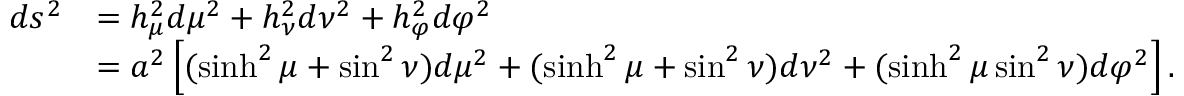
{ \begin{array} { r l } { d s ^ { 2 } } & { = h _ { \mu } ^ { 2 } d \mu ^ { 2 } + h _ { \nu } ^ { 2 } d \nu ^ { 2 } + h _ { \varphi } ^ { 2 } d \varphi ^ { 2 } } \\ & { = a ^ { 2 } \left[ ( \sinh ^ { 2 } \mu + \sin ^ { 2 } \nu ) d \mu ^ { 2 } + ( \sinh ^ { 2 } \mu + \sin ^ { 2 } \nu ) d \nu ^ { 2 } + ( \sinh ^ { 2 } \mu \sin ^ { 2 } \nu ) d \varphi ^ { 2 } \right] . } \end{array} }